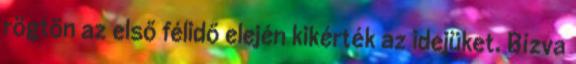
rögtön az első félidő elején kikérték az idejüket. Bízva